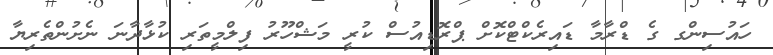
ހައުސިންގ ގެ ޑްރާމާ ޑައިރެކްޓްކޮށް ޕްރޮޑިއުސް ކުރީ މަޝްހޫރު ފިލްމީތަރި ކުޅާދާނަ ނެށުންތެރިޔާ